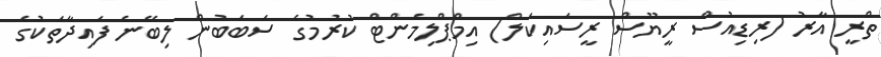
ތްރީ އާރު (ރިޑިއުސް ރީޔޫސް ރީސައިކަލް) އިމްޕްލިމެންޓް ކުރުމުގެ ސަބަބުން ލިބޭނެ ފައިދާތަކުގެ